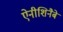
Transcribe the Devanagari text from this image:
ऐनीशिनैबे